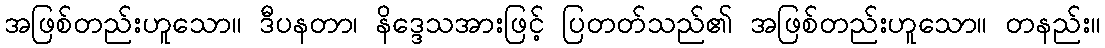
အဖြစ်တည်းဟူသော။ ဒီပနတာ၊ နိဒ္ဒေသအားဖြင့် ပြတတ်သည်၏ အဖြစ်တည်းဟူသော။ တနည်း။